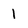
Character: 1